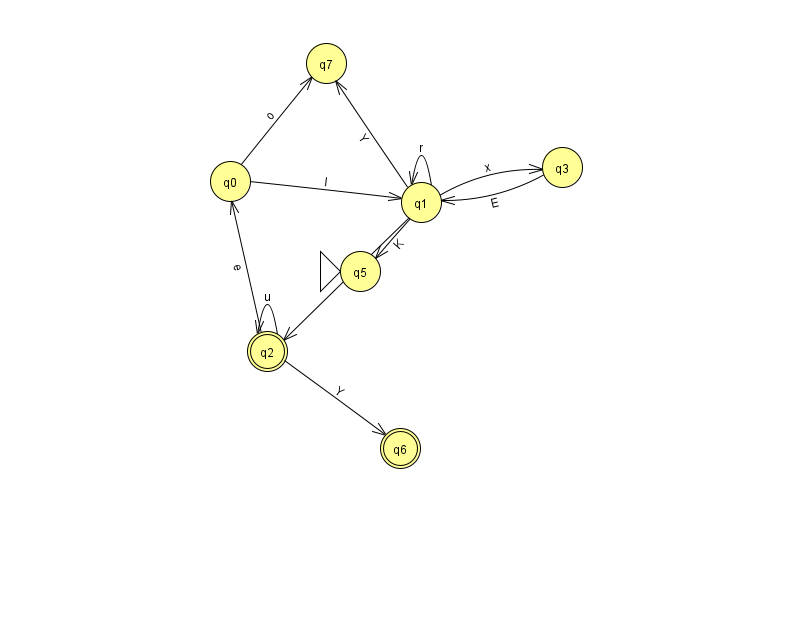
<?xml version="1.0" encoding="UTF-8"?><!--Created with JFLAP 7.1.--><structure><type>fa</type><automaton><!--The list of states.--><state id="0" name="q0"><x>230.0</x><y>168.0</y></state><state id="1" name="q1"><x>421.0</x><y>189.0</y></state><state id="2" name="q2"><x>267.0</x><y>338.0</y><final/></state><state id="3" name="q3"><x>562.0</x><y>154.0</y></state><state id="5" name="q5"><x>360.0</x><y>258.0</y><initial/></state><state id="6" name="q6"><x>400.0</x><y>435.0</y><final/></state><state id="7" name="q7"><x>326.0</x><y>50.0</y></state><!--The list of transitions.--><transition><from>1</from><to>1</to><read>r</read></transition><transition><from>1</from><to>2</to><read>E</read></transition><transition><from>2</from><to>0</to><read>e</read></transition><transition><from>3</from><to>1</to><read>E</read></transition><transition><from>2</from><to>2</to><read>u</read></transition><transition><from>1</from><to>5</to><read>K</read></transition><transition><from>1</from><to>3</to><read>x</read></transition><transition><from>1</from><to>7</to><read>Y</read></transition><transition><from>0</from><to>7</to><read>o</read></transition><transition><from>0</from><to>1</to><read>I</read></transition><transition><from>2</from><to>6</to><read>Y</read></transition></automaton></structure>